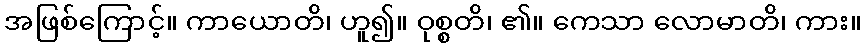
အဖြစ်ကြောင့်။ ကာယောတိ၊ ဟူ၍။ ဝုစ္စတိ၊ ၏။ ကေသာ လောမာတိ၊ ကား။